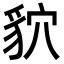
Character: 貁